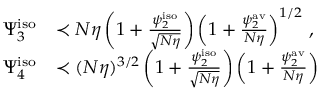
\begin{array} { r l } { \Psi _ { 3 } ^ { \mathrm { i s o } } } & { \prec N \eta \left( 1 + \frac { \psi _ { 2 } ^ { \mathrm { i s o } } } { \sqrt { N \eta } } \right) \left( 1 + \frac { \psi _ { 2 } ^ { \mathrm { a v } } } { N \eta } \right) ^ { 1 / 2 } \, , } \\ { \Psi _ { 4 } ^ { \mathrm { i s o } } } & { \prec ( N \eta ) ^ { 3 / 2 } \left( 1 + \frac { \psi _ { 2 } ^ { \mathrm { i s o } } } { \sqrt { N \eta } } \right) \left( 1 + \frac { \psi _ { 2 } ^ { \mathrm { a v } } } { N \eta } \right) \, } \end{array}